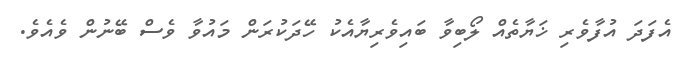
އެފަދަ އުފާވެރި ޚަޔާތެއް ލޯބިވާ ބައިވެރިޔާއެކު ހޭދަކުރަން މައުވާ ވެސް ބޭނުން ވެއެވެ.